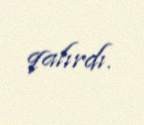
qalırdı.